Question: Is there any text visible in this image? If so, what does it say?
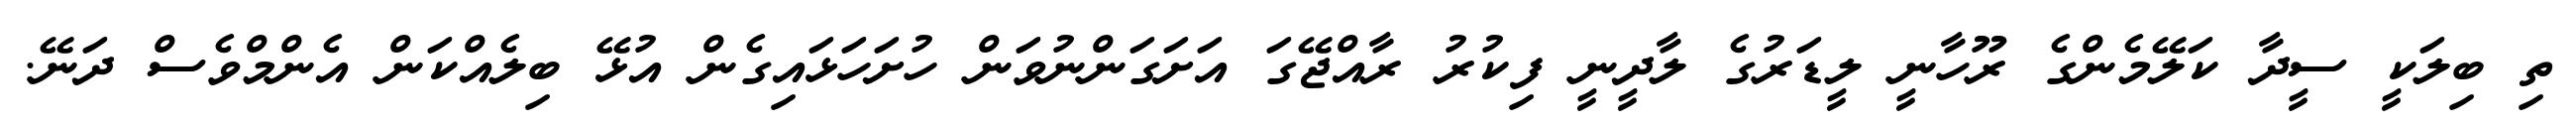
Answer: ތި ބިލަކީ ސީދާ ކަލޭމެންގެ ރޫހާނީ ލީޑަރުގެ ލާދީނީ ފިކުރު ރާއްޖޭގަ އަށަގަންނުވަން ހުށަހަޅައިގެން އުޅޭ ބިލެއްކަން އެންމްވެސް ދަނޭ.